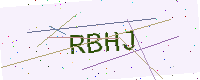
Text: RBHJ